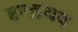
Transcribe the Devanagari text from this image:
इन्द्रयव